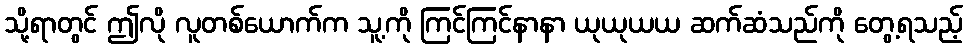
သို့ရာတွင် ဤလို လူတစ်ယောက်က သူ့ကို ကြင်ကြင်နာနာ ယုယုယယ ဆက်ဆံသည်ကို တွေ့ရသည့်